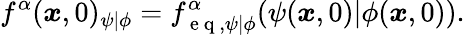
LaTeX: f^{\alpha}(\boldsymbol{x},0)_{\psi\vert\phi}=f_{\mathrm{~e~q~},\psi\vert\phi}^{\alpha}(\psi(\boldsymbol{x},0)\vert\phi(\boldsymbol{x},0)).